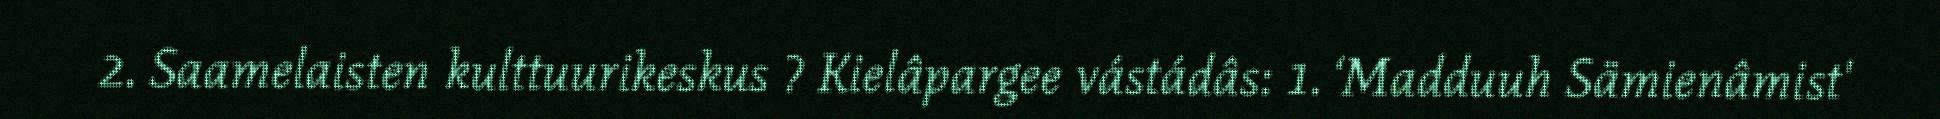
2. Saamelaisten kulttuurikeskus ? Kielâpargee vástádâs: 1. ‘Madduuh Sämienâmist'